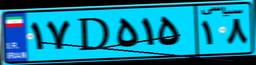
۱۷D۵۱۵۱۸